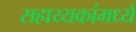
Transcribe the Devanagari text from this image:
सहाय्यकांमध्ये